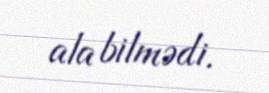
ala bilmədi.